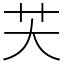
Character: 芖